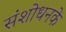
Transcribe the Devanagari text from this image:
संशोधनके